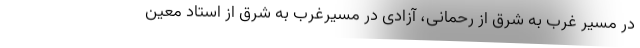
در مسیر غرب به شرق از رحمانی، آزادی در مسیرغرب به شرق از استاد معین